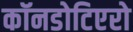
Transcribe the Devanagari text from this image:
कॉनडोटिएरो